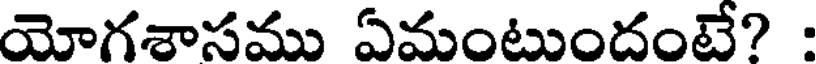
యోగశాసము ఏమంటుందంటే? :